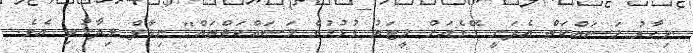
މިހާރު މަސައްކަތް އެދަނީ ގޭގެއަށް މީޓަރު ގުޅުމުގެ މަސައްކަތްތައް" ނިމާލް ވިދާޅުވި އެވެ.